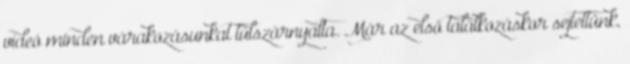
videó minden várakozásunkat túlszárnyalta. Már az első találkozáskor sejtettünk,